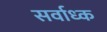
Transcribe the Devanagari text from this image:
सर्वाध्क